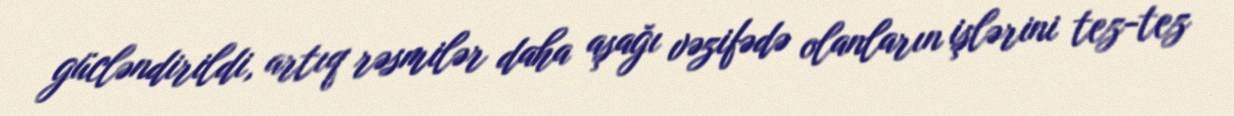
gücləndirildi, artıq rəsmilər daha aşağı vəzifədə olanların işlərini tez-tez